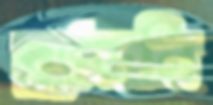
ব্র্যাডলি